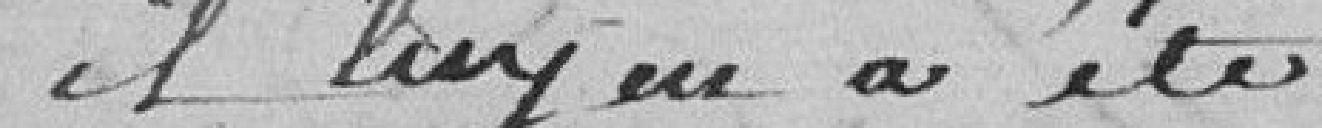
il lui en a été